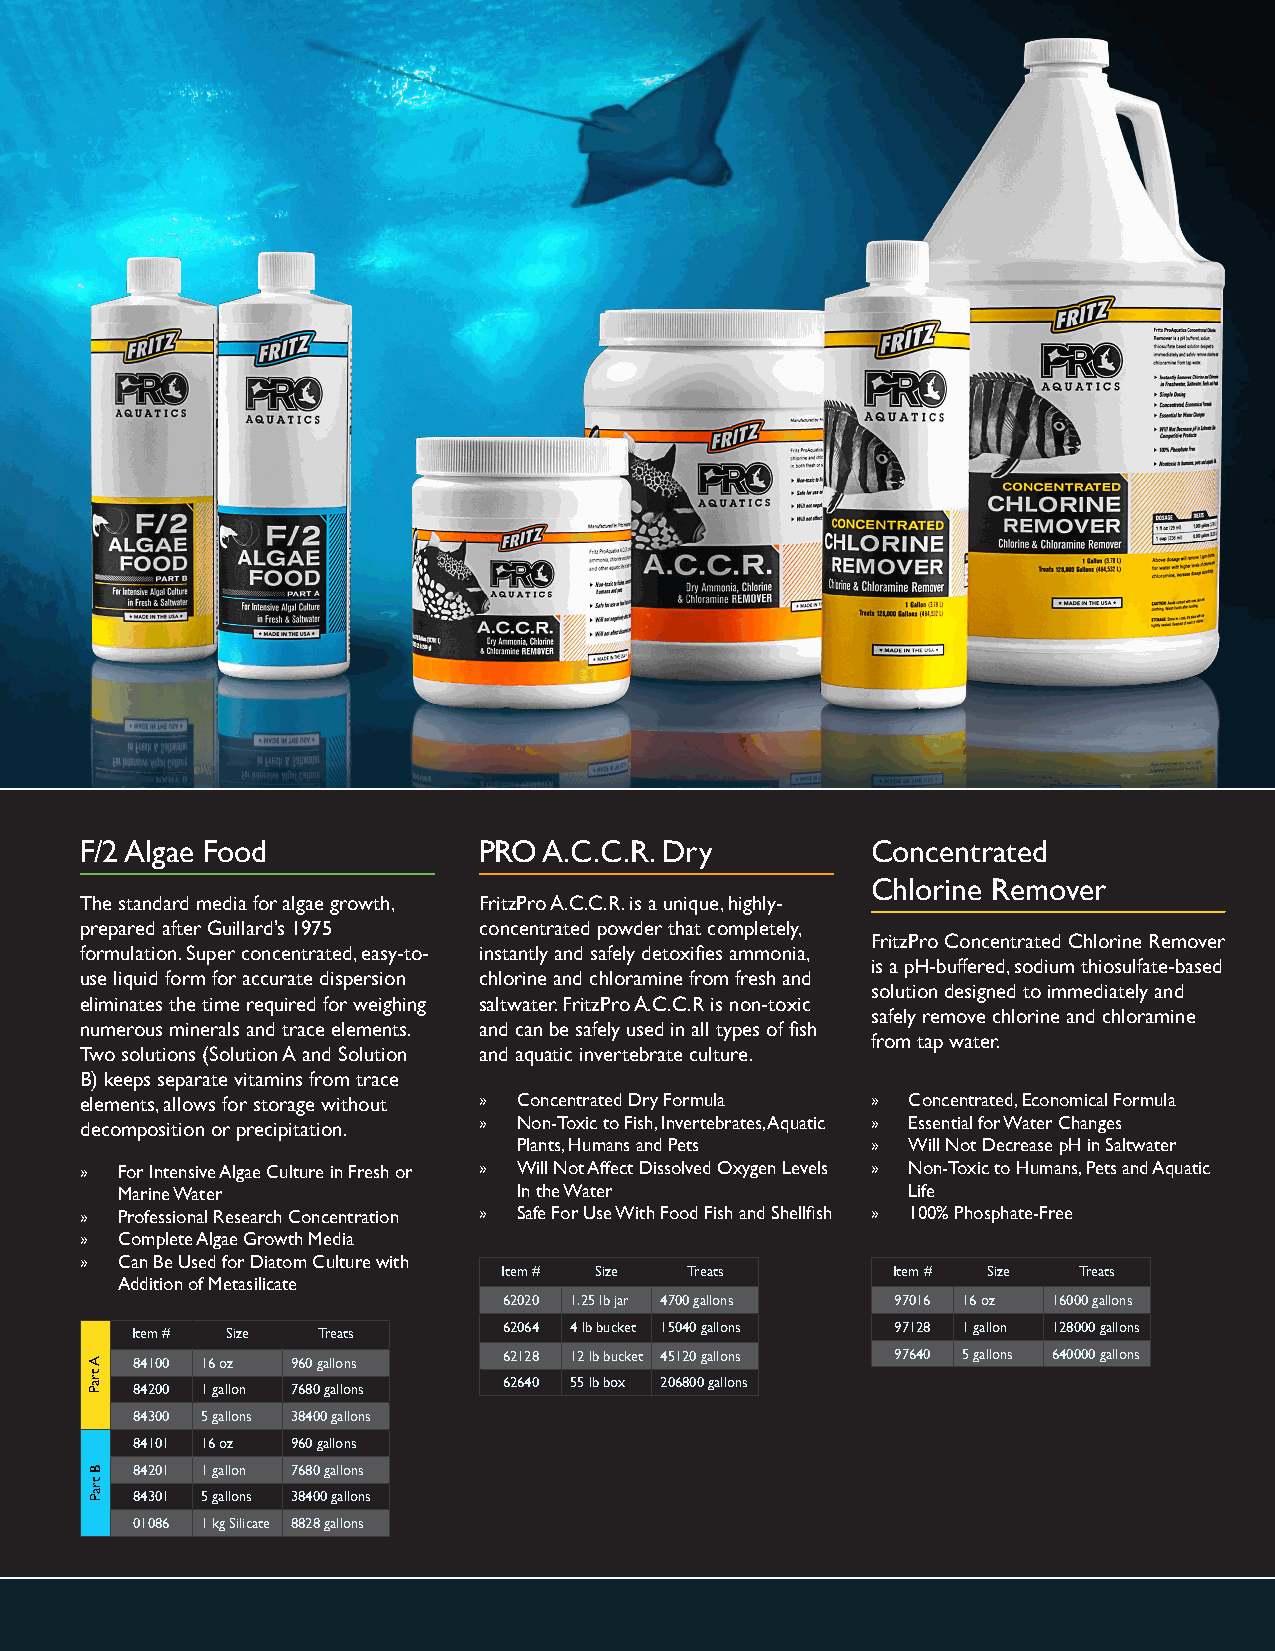
F/2 Algae Food             PRO A.C.C.R. Dry          Concentrated
 Chlorine Remover
 The standard media for algae growth, FritzPro A.C.C.R. is a unique, highly-
 prepared after Guillard’s 1975 concentrated powder that completely,
 FritzPro Concentrated Chlorine Remover
 formulation. Super concentrated, easy-to- instantly and safely detoxifies ammonia,
 is a pH-buffered, sodium thiosulfate-based
 use liquid form for accurate dispersion chlorine and chloramine from fresh and
 solution designed to immediately and
 eliminates the time required for weighing saltwater. FritzPro A.C.C.R is non-toxic
 safely remove chlorine and chloramine
 numerous minerals and trace elements. and can be safely used in all types of fish
 from tap water.
 Two solutions (Solution A and Solution and aquatic invertebrate culture.
 B) keeps separate vitamins from trace
 elements, allows for storage without » Concentrated Dry Formula » Concentrated, Economical Formula
 decomposition or precipitation. » Non-Toxic to Fish, Invertebrates, Aquatic » Essential for Water Changes
 Plants, Humans and Pets » Will Not Decrease pH in Saltwater
 »  For Intensive Algae Culture in Fresh or » Will Not Affect Dissolved Oxygen Levels » Non-Toxic to Humans, Pets and Aquatic
 Marine Water              In the Water              Life
 »  Professional Research Concentration » Safe For Use With Food Fish and Shellfish » 100% Phosphate-Free
 »  Complete Algae Growth Media
 »  Can Be Used for Diatom Culture with
 Item # Size Treats        Item # Size Treats
 Addition of Metasilicate
 62020 1.25 lb jar 4700 gallons 97016 16 oz 16000 gallons
 62064 4 lb bucket 15040 gallons 97128 1 gallon 128000 gallons
 Item # Size Treats
 62128 12 lb bucket 45120 gallons 97640 5 gallons 640000 gallons
 84100 16 oz 960 gallons
 62640 55 lb box 206800 gallons
 84200 1 gallon 7680 gallons
 84300 5 gallons 38400 gallons
 84101 16 oz 960 gallons
 84201 1 gallon 7680 gallons
 84301 5 gallons 38400 gallons
 01086 1 kg Silicate 8828 gallons
 A
 traP
 B
 traP